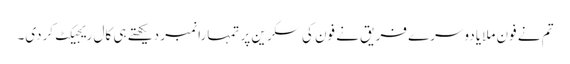
تم نے فون ملایا دوسرے فریق نے فون کی سکرین پر تمہارا نمبر دیکھتے ہی کال ریجیکٹ کردی۔